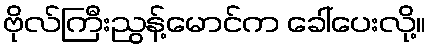
ဗိုလ်ကြီးညွန့်မောင်က ခေါ်ပေးလို့။